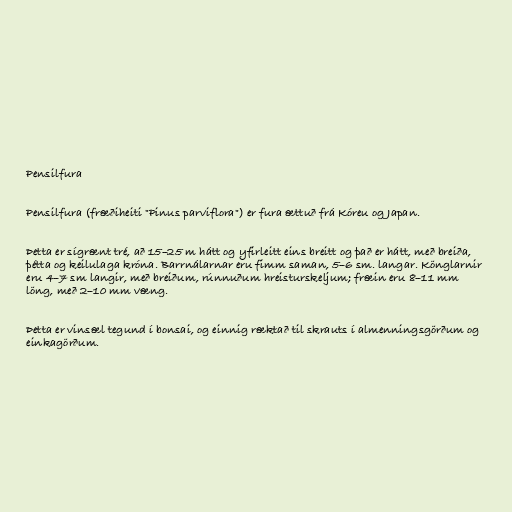
Pensilfura

Pensilfura (fræðiheiti "Pinus parviflora") er fura ættuð frá Kóreu og Japan.

Þetta er sígrænt tré, að 15–25 m hátt og yfirleitt eins breitt og það er hátt, með breiða,
þétta og keilulaga króna. Barrnálarnar eru fimm saman, 5–6 sm. langar. Könglarnir
eru 4–7 sm langir, með breiðum, rúnnuðum hreisturskeljum; fræin eru 8–11 mm
löng, með 2–10 mm væng.

Þetta er vinsæl tegund í bonsai, og einnig ræktað til skrauts í almenningsgörðum og
einkagörðum.